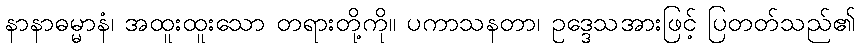
နာနာဓမ္မာနံ၊ အထူးထူးသော တရားတို့ကို။ ပကာသနတာ၊ ဥဒ္ဒေသအားဖြင့် ပြတတ်သည်၏